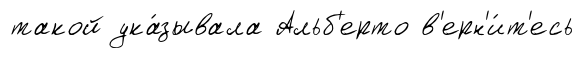
такой ука́зывала Альб'ерто в'ерн'и́т'есь